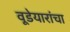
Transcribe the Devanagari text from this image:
वूडेयारांचा